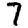
Digit: 7